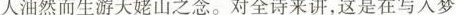
人油然而生游天姥山之念。对全诗来讲，这是在写入梦